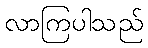
လာကြပါသည်